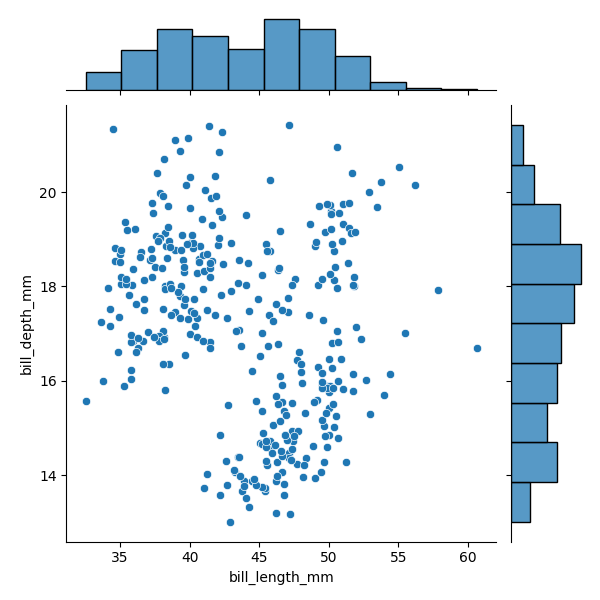
python, seaborn, JointGrid, scatterplot, histplot